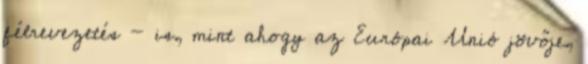
félrevezetés - is, mint ahogy az Európai Unió jövője,